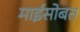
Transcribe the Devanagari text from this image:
माईसोबत